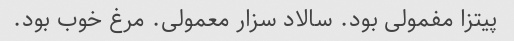
پیتزا مفمولی بود. سالاد سزار معمولی. مرغ خوب بود.